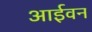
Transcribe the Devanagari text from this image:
आईवन